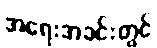
အရေးအခင်းတွင်